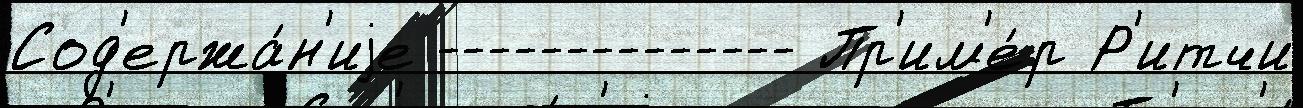
Сод'ержа́н'иjе -------------- Пр'им'е́р Р'итчи